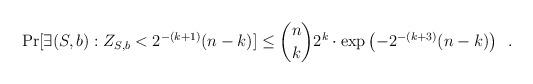
LaTeX: \begin{align*}\Pr[\exists (S,b): Z_{S,b} < 2^{-(k+1)} (n-k)] \le \binom{n}{k}2^k \cdot \exp\left(-2^{-(k+3)}(n-k)\right) \enspace .\end{align*}